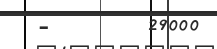
-       29000